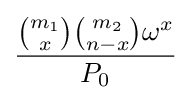
{\frac {{\binom {m_{1}}{x}}{\binom {m_{2}}{n-x}}\omega ^{x}}{P_{0}}}